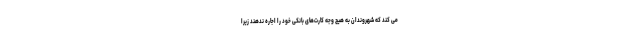
می کند که شهروندان به هیچ وجه کارت‌های بانکی خود را اجاره ندهند زیرا